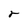
Character: r